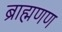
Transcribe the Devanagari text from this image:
ब्राह्मणण